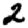
Digit: 2